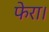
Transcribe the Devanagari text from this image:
फेरा।